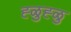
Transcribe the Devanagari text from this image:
ह्ळुह्ळु